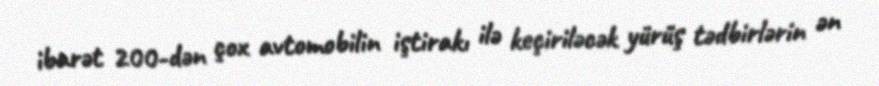
ibarət 200-dən çox avtomobilin iştirakı ilə keçiriləcək yürüş tədbirlərin ən